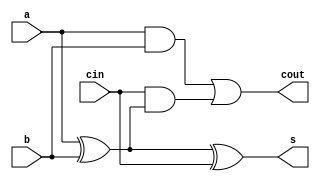
module adder_1bit(a, b, cin, s, cout);

input a, b;
input cin;

output s;
output cout;

wire half_sum, carry1, carry2;

assign half_sum = a ^ b;
assign carry1 = a & b;
assign carry2 = cin & half_sum;
assign s = half_sum ^ cin;
assign cout = carry1 | carry2;

endmodule